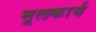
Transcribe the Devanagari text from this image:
मूलकार्य